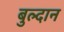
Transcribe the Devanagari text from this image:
बुल्दान